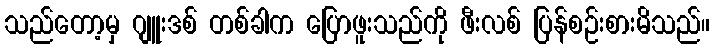
သည်တော့မှ ဂျူးဒစ် တစ်ခါက ပြောဖူးသည်ကို ဖီးလစ် ပြန်စဉ်းစားမိသည်။